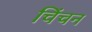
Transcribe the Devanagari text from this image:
चिंचन